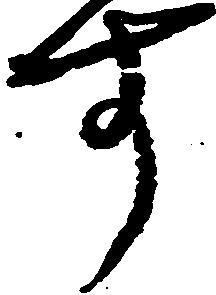
す